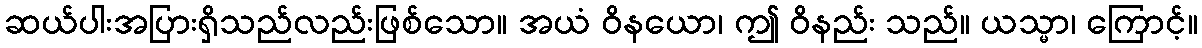
ဆယ်ပါးအပြားရှိသည်လည်းဖြစ်သော။ အယံ ဝိနယော၊ ဤ ဝိနည်း သည်။ ယသ္မာ၊ ကြောင့်။